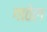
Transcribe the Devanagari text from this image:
गाठेल